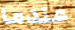
عندما